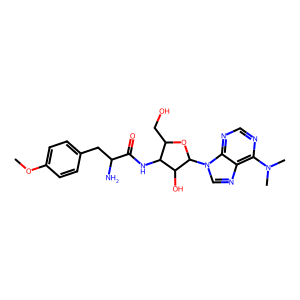
SMILES: COc1ccc(CC(N)C(=O)NC2C(CO)OC(n3cnc4c(N(C)C)ncnc43)C2O)cc1
Inhibits HIV replication: No